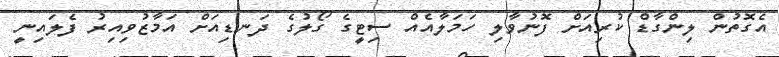
އެގޮތުން ލިންގާޑް ކުރިއަށް ފޮނުވާލި ހަމަލާއެއް ސިޓީގެ ގޯލުގެ ދަނޑިއަށް އަމާޒުވިއިރު ފެލައިނީ